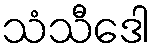
သံသီဒေါ